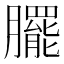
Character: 𭩓